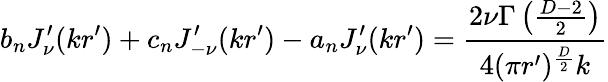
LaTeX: b_{n}J_{\nu}^{\prime}(kr^{\prime})+c_{n}J_{-\nu}^{\prime}(kr^{\prime})-a_{n}J_{\nu}^{\prime}(kr^{\prime})={\frac{2\nu\Gamma\left({\frac{D-2}{2}}\right)}{4(\pi r^{\prime})^{\frac{D}{2}}k}}